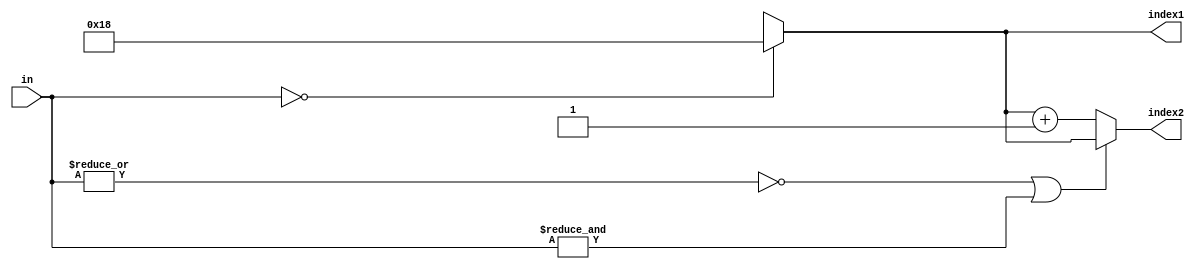
module Atan2_Decoder(in, index1, index2);

parameter WIDTH = 16;
parameter WIDTH_INDEX = 5;

input [WIDTH-1:0] in;
output reg [WIDTH_INDEX-1:0] index1;
output wire [WIDTH_INDEX-1:0] index2;

always @* begin
    case(in)
	25'b1_1111_1111_1111_1111_1111_1111: index1 = 5'b00000;
	25'b1_1111_1111_1111_1111_1111_1110: index1 = 5'b00000;
	25'b1_1111_1111_1111_1111_1111_1100: index1 = 5'b00001;
	25'b1_1111_1111_1111_1111_1111_1000: index1 = 5'b00010;
	25'b1_1111_1111_1111_1111_1111_0000: index1 = 5'b00011;
	25'b1_1111_1111_1111_1111_1110_0000: index1 = 5'b00100;
	25'b1_1111_1111_1111_1111_1100_0000: index1 = 5'b00101;
	25'b1_1111_1111_1111_1111_1000_0000: index1 = 5'b00110;
	25'b1_1111_1111_1111_1111_0000_0000: index1 = 5'b00111;
	25'b1_1111_1111_1111_1110_0000_0000: index1 = 5'b01000;
	25'b1_1111_1111_1111_1100_0000_0000: index1 = 5'b01001;
	25'b1_1111_1111_1111_1000_0000_0000: index1 = 5'b01010;
	25'b1_1111_1111_1111_0000_0000_0000: index1 = 5'b01011;
	25'b1_1111_1111_1110_0000_0000_0000: index1 = 5'b01100;
	25'b1_1111_1111_1100_0000_0000_0000: index1 = 5'b01101;
	25'b1_1111_1111_1000_0000_0000_0000: index1 = 5'b01110;
	25'b1_1111_1111_0000_0000_0000_0000: index1 = 5'b01111;
	25'b1_1111_1110_0000_0000_0000_0000: index1 = 5'b10000;
	25'b1_1111_1100_0000_0000_0000_0000: index1 = 5'b10001;
	25'b1_1111_1000_0000_0000_0000_0000: index1 = 5'b10010;
	25'b1_1111_0000_0000_0000_0000_0000: index1 = 5'b10011;
	25'b1_1110_0000_0000_0000_0000_0000: index1 = 5'b10100;
	25'b1_1100_0000_0000_0000_0000_0000: index1 = 5'b10101;
	25'b1_1000_0000_0000_0000_0000_0000: index1 = 5'b10110;
	25'b1_0000_0000_0000_0000_0000_0000: index1 = 5'b10111;
	25'b0_0000_0000_0000_0000_0000_0000: index1 = 5'b11000;
	default: index1 = 5'bxxxxx;
    endcase
end

assign index2 = (|in == 1'b0) || (&in == 1'b1) ? index1: index1 + 1;

//always @* begin
//    case(in)
//	25'b1_1111_1111_1111_1111_1111_1111: index2 = 5'b00000;
//	25'b1_1111_1111_1111_1111_1111_1110: index2 = 5'b00001;
//	25'b1_1111_1111_1111_1111_1111_1100: index2 = 5'b00010;
//	25'b1_1111_1111_1111_1111_1111_1000: index2 = 5'b00011;
//	25'b1_1111_1111_1111_1111_1111_0000: index2 = 5'b00100;
//	25'b1_1111_1111_1111_1111_1110_0000: index2 = 5'b00101;
//	25'b1_1111_1111_1111_1111_1100_0000: index2 = 5'b00110;
//	25'b1_1111_1111_1111_1111_1000_0000: index2 = 5'b00111;
//	25'b1_1111_1111_1111_1111_0000_0000: index2 = 5'b01000;
//	25'b1_1111_1111_1111_1110_0000_0000: index2 = 5'b01001;
//	25'b1_1111_1111_1111_1100_0000_0000: index2 = 5'b01010;
//	25'b1_1111_1111_1111_1000_0000_0000: index2 = 5'b01011;
//	25'b1_1111_1111_1111_0000_0000_0000: index2 = 5'b01100;
//	25'b1_1111_1111_1110_0000_0000_0000: index2 = 5'b01101;
//	25'b1_1111_1111_1100_0000_0000_0000: index2 = 5'b01110;
//	25'b1_1111_1111_1000_0000_0000_0000: index2 = 5'b01111;
//	25'b1_1111_1111_0000_0000_0000_0000: index2 = 5'b10000;
//	25'b1_1111_1110_0000_0000_0000_0000: index2 = 5'b10001;
//	25'b1_1111_1100_0000_0000_0000_0000: index2 = 5'b10010;
//	25'b1_1111_1000_0000_0000_0000_0000: index2 = 5'b10011;
//	25'b1_1111_0000_0000_0000_0000_0000: index2 = 5'b10100;
//	25'b1_1110_0000_0000_0000_0000_0000: index2 = 5'b10101;
//	25'b1_1100_0000_0000_0000_0000_0000: index2 = 5'b10110;
//	25'b1_1000_0000_0000_0000_0000_0000: index2 = 5'b10111;
//	25'b1_0000_0000_0000_0000_0000_0000: index2 = 5'b11000;
//	25'b0_0000_0000_0000_0000_0000_0000: index2 = 5'b11000;
//	default: index2 = 5'bxxxxx;
//    endcase
//end
//

endmodule